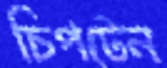
চিপটেন